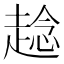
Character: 趝